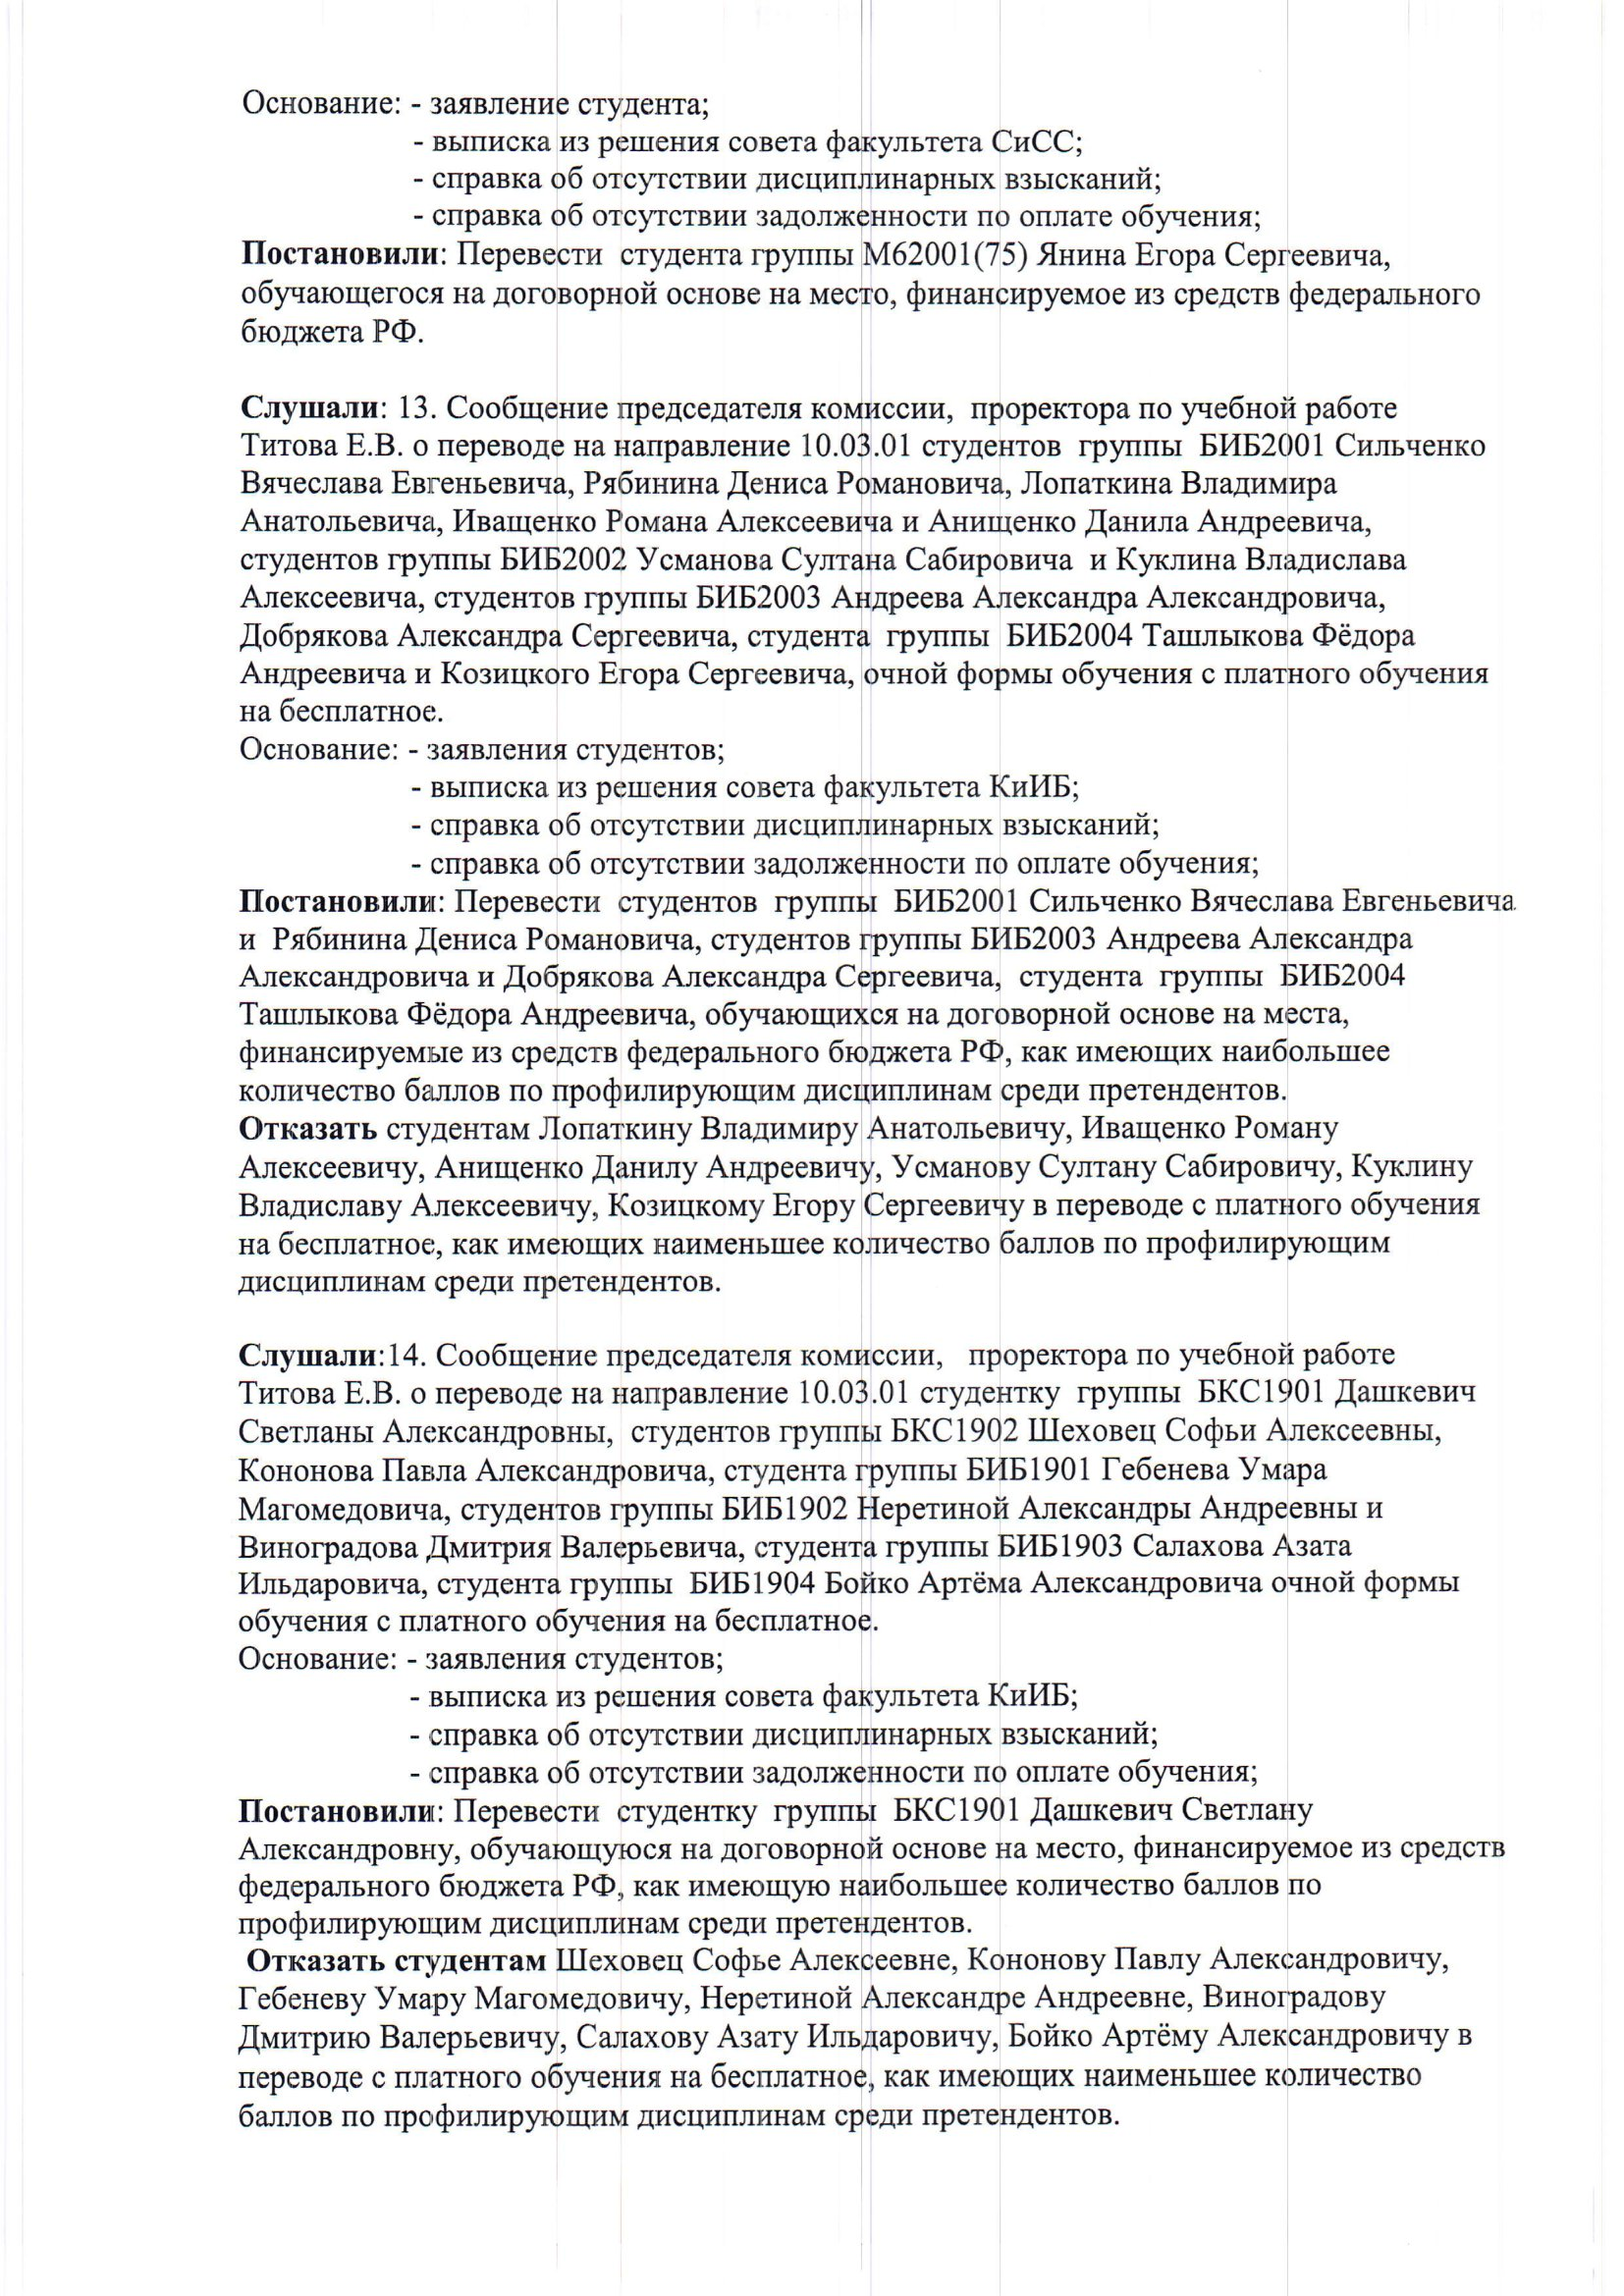
Language: ru